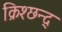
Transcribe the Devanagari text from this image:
क्रिश्छन्द्